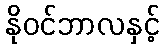
နိုဝင်ဘာလနှင့်